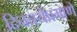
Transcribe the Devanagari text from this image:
दिनचर्येप्रमाणे